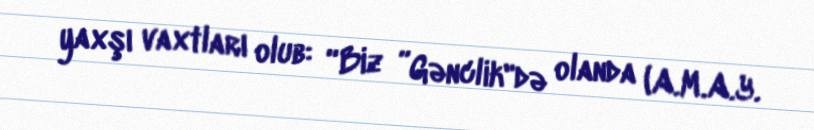
yaxşı vaxtları olub: “Biz ”Gənclik"də olanda (A.M.A.Y.